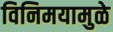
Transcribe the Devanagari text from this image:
विनिमयामुळे